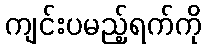
ကျင်းပမည့်ရက်ကို